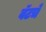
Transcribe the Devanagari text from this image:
वॅटचे